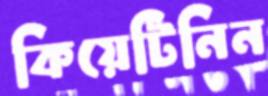
কিয়েটিনিন